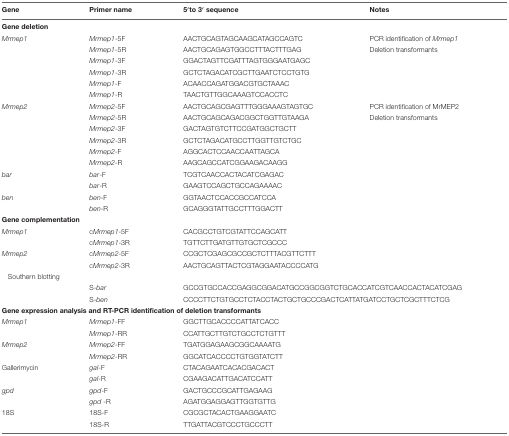
<table><thead><tr><td><b>Gene</b></td><td><b>Primer name</b></td><td><b>5′to 3′ sequence</b></td><td><b>Notes</b></td></tr></thead><tbody><tr><td colspan="3"><b>Gene deletion</b></td></tr><tr><td><i>Mrmep1</i></td><td><i>Mrmep1</i>-5F</td><td>AACTGCAGTAGCAAGCATAGCCAGTC</td><td>PCR identification of <i>Mrmep1</i></td></tr><tr><td></td><td><i>Mrmep1-</i>5R</td><td>AACTGCAGAGTGGCCTTTACTTTGAG</td><td>Deletion transformants</td></tr><tr><td></td><td><i>Mrmep1</i>-3F</td><td>GGACTAGTTCGATTTAGTGGGAATGAGC</td><td></td></tr><tr><td></td><td><i>Mrmep1</i>-3R</td><td>GCTCTAGACATCGCTTGAATCTCCTGTG</td><td></td></tr><tr><td></td><td><i>Mrmep1</i>-F</td><td>ACAACCAGATGGACGTGCTAAAC</td><td></td></tr><tr><td></td><td><i>Mrmep1</i>-R</td><td>TAACTGTTGGCAAAGTCCACCTC</td><td></td></tr><tr><td><i>Mrmep2</i></td><td><i>Mrmep2</i>-5F</td><td>AACTGCAGCGAGTTTGGGAAAGTAGTGC</td><td>PCR identification of MrMEP2</td></tr><tr><td></td><td><i>Mrmep2</i>-5R</td><td>AACTGCAGCAGACGGCTGGTTGTAAGA</td><td>Deletion transformants</td></tr><tr><td></td><td><i>Mrmep2</i>-3F</td><td>GACTAGTGTCTTCCGATGGCTGCTT</td><td></td></tr><tr><td></td><td><i>Mrmep2</i>-3R</td><td>GCTCTAGACATGCCTTGGTTGTCTGC</td><td></td></tr><tr><td></td><td><i>Mrmep2</i>-F</td><td>AGGCACTCCAACCAATTAGCA</td><td></td></tr><tr><td></td><td><i>Mrmep2</i>-R</td><td>AAGCAGCCATCGGAAGACAAGG</td><td></td></tr><tr><td><i>bar</i></td><td><i>bar</i>-F</td><td>TCGTCAACCACTACATCGAGAC</td><td></td></tr><tr><td></td><td><i>bar</i>-R</td><td>GAAGTCCAGCTGCCAGAAAAC</td><td></td></tr><tr><td><i>ben</i></td><td><i>ben</i>-F</td><td>GGTAACTCCACCGCCATCCA</td><td></td></tr><tr><td></td><td><i>ben</i>-R</td><td>GCAGGGTATTGCCTTTGGACTT</td><td></td></tr><tr><td colspan="3"><b>Gene complementation</b></td></tr><tr><td><i>Mrmep1</i></td><td>c<i>Mrmep1</i>-5F</td><td>CACGCCTGTCGTATTCCAGCATT</td><td></td></tr><tr><td></td><td>c<i>Mrmep1</i>-3R</td><td>TGTTCTTGATGTTGTGCTCGCCC</td><td></td></tr><tr><td><i>Mrmep2</i></td><td>c<i>Mrmep2</i>-5F</td><td>CCGCTCGAGCGCCGCTCTTTACGTTCTTT</td><td></td></tr><tr><td></td><td>c<i>Mrmep2</i>-3R</td><td>AACTGCAGTTACTCGTAGGAATACCCCATG</td><td></td></tr><tr><td colspan="3">Southern blotting</td><td></td></tr><tr><td></td><td>S-<i>bar</i></td><td colspan="2">GCCGTGCCACCGAGGCGGACATGCCGGCGGTCTGCACCATCGTCAACCACTACATCGAG</td></tr><tr><td></td><td>S-<i>ben</i></td><td colspan="2">CCCCTTCTGTGCCTCTACCTACTGCTGCCCGACTCATTATGATCCTGCTCGCTTTCTCG</td></tr><tr><td colspan="3"><b>Gene expression analysis and RT-PCR identification of deletion transformants</b></td></tr><tr><td><i>Mrmep1</i></td><td><i>Mrmep1</i>-FF</td><td>GGCTTGCACCCCATTATCACC</td><td></td></tr><tr><td></td><td><i>Mrmep1</i>-RR</td><td>CCATTGCTTGTCTGCCTCTGTTT</td><td></td></tr><tr><td><i>Mrmep2</i></td><td><i>Mrmep2</i>-FF</td><td>TGATGGAGAAGCGGCAAAATG</td><td></td></tr><tr><td></td><td><i>Mrmep2</i>-RR</td><td>GGCATCACCCCTGTGGTATCTT</td><td></td></tr><tr><td>Gallerimycin</td><td><i>gal</i>-F</td><td>CTACAGAATCACACGACACT</td><td></td></tr><tr><td></td><td><i>gal</i>-R</td><td>CGAAGACATTGACATCCATT</td><td></td></tr><tr><td><i>gpd</i></td><td><i>gpd</i>-F</td><td>GACTGCCCGCATTGAGAAG</td><td></td></tr><tr><td></td><td><i>gpd</i> -R</td><td>AGATGGAGGAGTTGGTGTTG</td><td></td></tr><tr><td>18S</td><td>18S-F</td><td>CGCGCTACACTGAAGGAATC</td><td></td></tr><tr><td></td><td>18S-R</td><td>TTGATTACGTCCCTGCCCTT</td><td></td></tr></tbody></table>